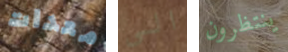
معدات الى ينتظرون